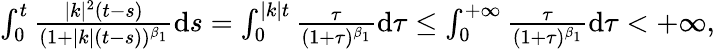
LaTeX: \begin{array}{r}{\int_{0}^{t}\frac{\vert k\vert^{2}(t-s)}{(1+\vert k\vert(t-s))^{\beta_{1}}}\mathrm{d}s=\int_{0}^{\vert k\vert t}\frac{\tau}{(1+\tau)^{\beta_{1}}}\mathrm{d}\tau\leq\int_{0}^{+\infty}\frac{\tau}{(1+\tau)^{\beta_{1}}}\mathrm{d}\tau<+\infty,}\end{array}